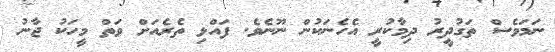
ނަމަވެސް ތަގުދީރު ދިމާކުރީ އެހެނަކުން ނޫނެވެ. ފައްޅި ތެރެއަށް ވަތް މީހަކު ޖާނު